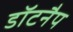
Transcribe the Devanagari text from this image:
डॉटनैप